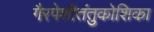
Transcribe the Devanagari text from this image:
गैरपेशीतंतुकोशिका